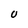
Character: U